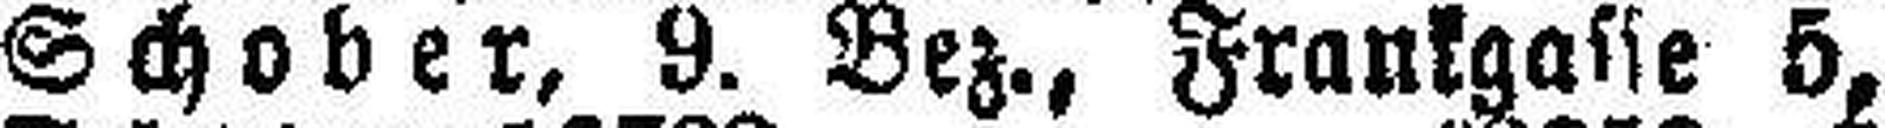
Schober, 9. Bez., Frankgasse 5,